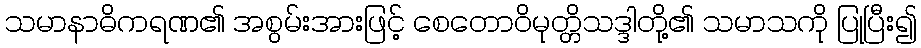
သမာနာဓိကရဏ၏ အစွမ်းအားဖြင့် စေတောဝိမုတ္တိသဒ္ဒါတို့၏ သမာသကို ပြုပြီး၍